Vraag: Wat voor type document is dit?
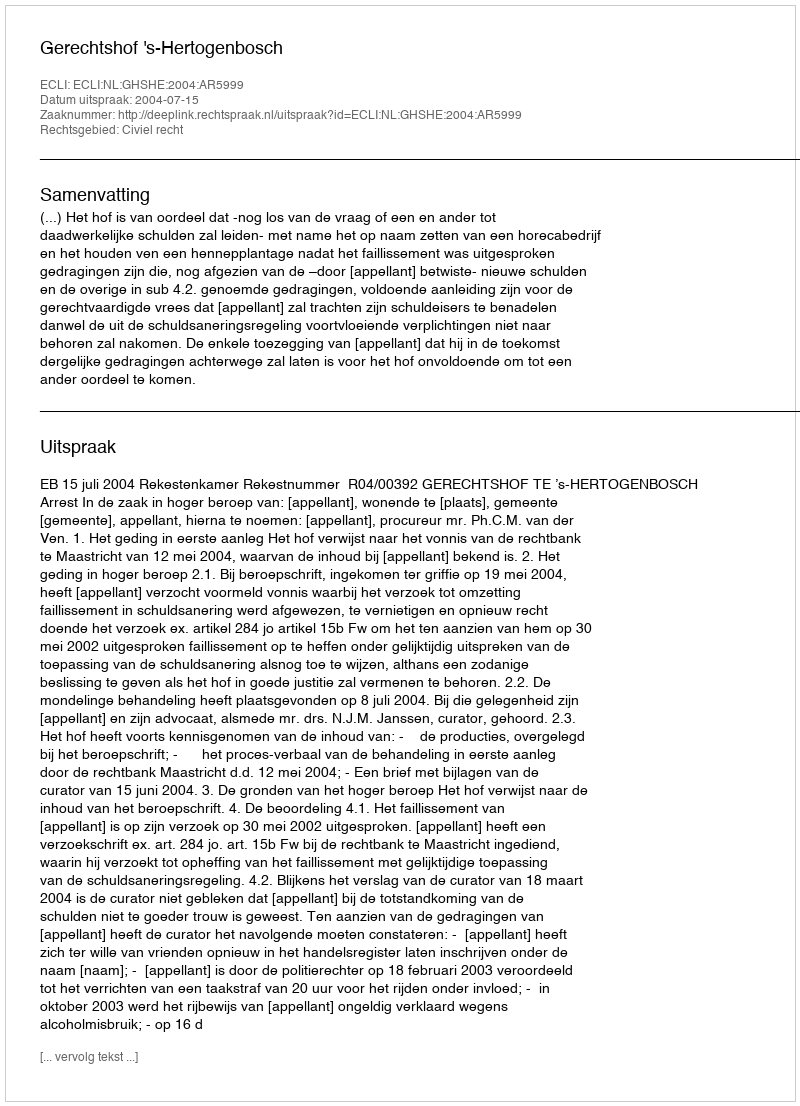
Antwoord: Uitspraak